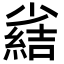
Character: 𫵊